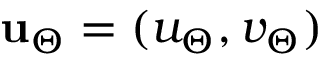
\mathbf { u } _ { \Theta } = ( u _ { \Theta } , v _ { \Theta } )